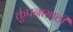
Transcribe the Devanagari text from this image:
कुंपनासाठी